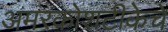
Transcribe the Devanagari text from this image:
अमरकोशटीकेचे